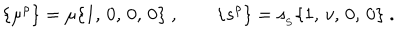
\{ \mu ^ { \rho } \} = \mu \{ 1 , \, 0 , \, 0 , \, 0 \} \ , \qquad \{ s ^ { \rho } \} = { s _ { _ \mathrm { S } } } \{ 1 , \, v , \, 0 , \, 0 \} \ .